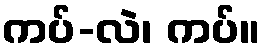
ကပ်-လဲ၊ ကပ်။